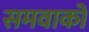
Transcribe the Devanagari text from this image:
समवाकों